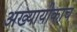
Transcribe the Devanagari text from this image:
अख्यायीकाच